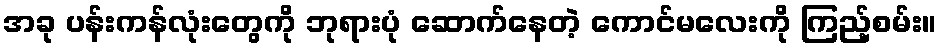
အခု ပန်းကန်လုံးတွေကို ဘုရားပုံ ဆောက်နေတဲ့ ကောင်မလေးကို ကြည့်စမ်း။